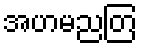
အဟမညတြ